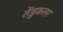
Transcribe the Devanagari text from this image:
तेंडुकलर